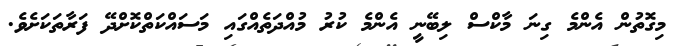
މިގޮތުން އެންމެ ގިނަ މާކްސް ލިބޭނީ އެންމެ ކުރު މުއްދަތެއްގައި މަސައްކަތްކޮށްދޭ ފަރާތަކަށެވެ.